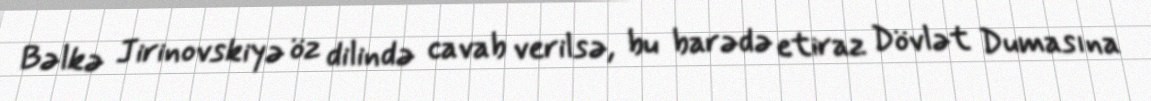
Bəlkə Jirinovskiyə öz dilində cavab verilsə, bu barədə etiraz Dövlət Dumasına